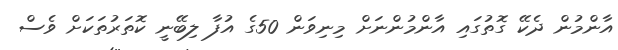
އާންމުން ދެކޭ ގޮތުގައި އާންމުންނަށް މިނިވަން 50ގެ އުފާ ލިބޭނީ ކޮތަރުތަކަށް ވެސް